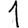
Digit: 1